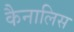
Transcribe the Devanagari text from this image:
कैनालिस